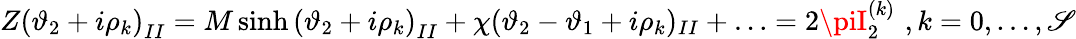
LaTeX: Z\left(\vartheta_{2}+i\rho_{k}\right)_{II}=M\sinh\left(\vartheta_{2}+i\rho_{k}\right)_{II}+\chi(\vartheta_{2}-\vartheta_{1}+i\rho_{k})_{II}+\ldots=2\piI_{2}^{(k)}\, \, ,k=0,\ldots,\mathscr{S}